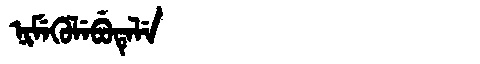
Manchu: ᠨᡳᠮᡝᡴᡠᠯᡝᠪᡠᡨᡝᠯᡝ
Romanization: NIMEKULEBUTELE